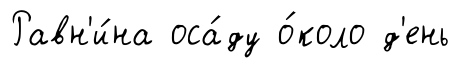
Равн'и́на оса́ду о́коло д'ень